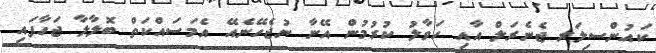
ކައުންސިލަރ ޖެނެރަލް އާއި ހަވާލު ކުރުމުން އޭނާ ނުޖެހޭނެއޭ އެމަސައްކަތް ބޮލާލާ ޖަހާފައި